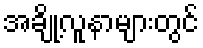
အချို့လူနာများတွင်